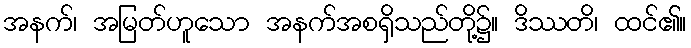
အနက်၊ အမြတ်ဟူသော အနက်အစရှိသည်တို့၌။ ဒိဿတိ၊ ထင်၏။